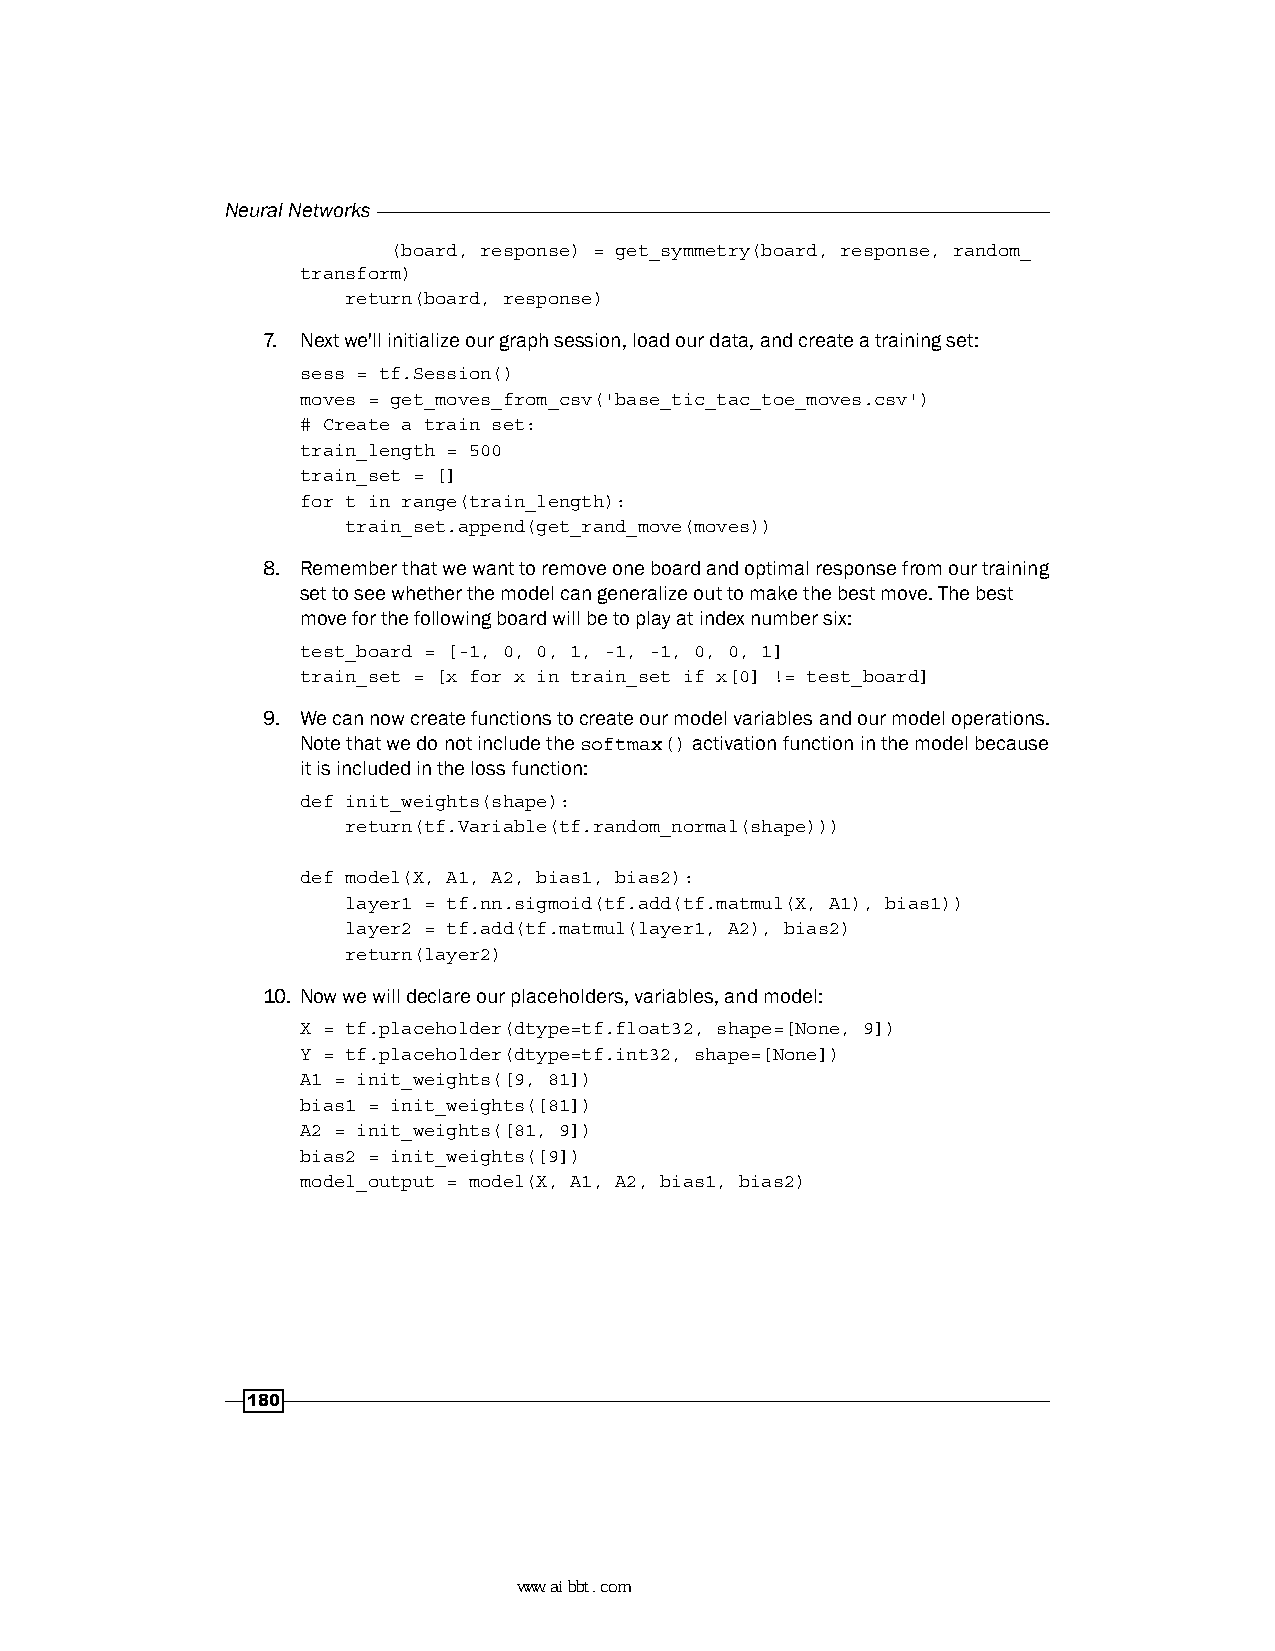
Neural Networks
 (board, response) = get_symmetry(board, response, random_
 transform)
 return(board, response)
 7. Next we'll initialize our graph session, load our data, and create a training set:
 sess = tf.Session()
 moves = get_moves_from_csv('base_tic_tac_toe_moves.csv')
 # Create a train set:
 train_length = 500
 train_set = []
 for t in range(train_length):
 train_set.append(get_rand_move(moves))
 8. Remember that we want to remove one board and optimal response from our training
 set to see whether the model can generalize out to make the best move. The best
 move for the following board will be to play at index number six:
 test_board = [-1, 0, 0, 1, -1, -1, 0, 0, 1]
 train_set = [x for x in train_set if x[0] != test_board]
 9. We can now create functions to create our model variables and our model operations.
 Note that we do not include the softmax() activation function in the model because
 it is included in the loss function:
 def init_weights(shape):
 return(tf.Variable(tf.random_normal(shape)))
 def model(X, A1, A2, bias1, bias2):
 layer1 = tf.nn.sigmoid(tf.add(tf.matmul(X, A1), bias1))
 layer2 = tf.add(tf.matmul(layer1, A2), bias2)
 return(layer2)
 10. Now we will declare our placeholders, variables, and model:
 X = tf.placeholder(dtype=tf.float32, shape=[None, 9])
 Y = tf.placeholder(dtype=tf.int32, shape=[None])
 A1 = init_weights([9, 81])
 bias1 = init_weights([81])
 A2 = init_weights([81, 9])
 bias2 = init_weights([9])
 model_output = model(X, A1, A2, bias1, bias2)
 180
 www.aibbt.com 让未来触手可及